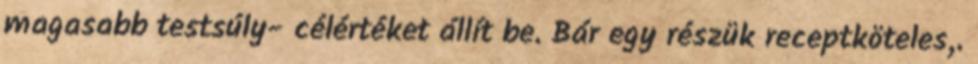
magasabb testsúly- célértéket állít be. Bár egy részük receptköteles,.